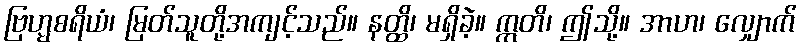
ဗြဟ္မစရိယံ၊ မြတ်သူတို့အကျင့်သည်။ နတ္ထိ၊ မရှိခဲ့။ ဣတိ၊ ဤသို့။ အာဟ၊ လျှောက်